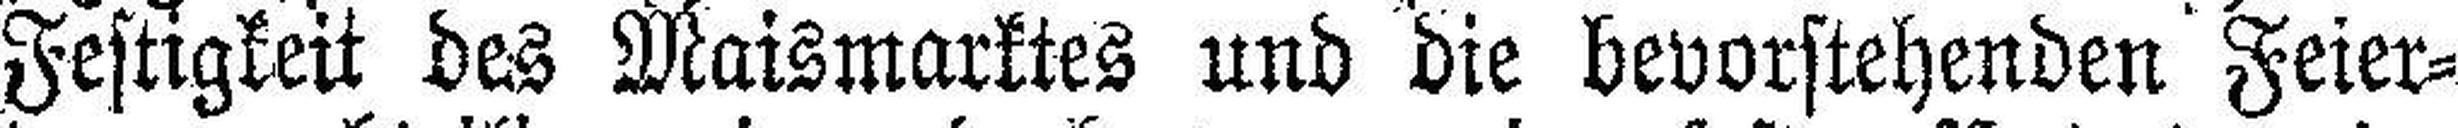
Festigkeit des Maismarktes und die bevorstehenden Feier¬